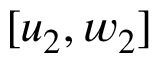
[ u _ { 2 } , w _ { 2 } ]